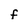
Character: f